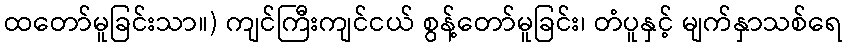
ထတော်မူခြင်းသာ။) ကျင်ကြီးကျင်ငယ် စွန့်တော်မူခြင်း၊ တံပူနှင့် မျက်နှာသစ်ရေ